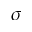
\sigma